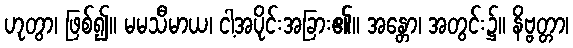
ဟုတွာ၊ ဖြစ်၍။ မမသီမာယ၊ ငါ့အပိုင်းအခြား၏။ အန္တော၊ အတွင်း၌။ နိဗ္ဗတ္တာ၊